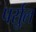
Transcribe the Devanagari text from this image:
पर्सुल